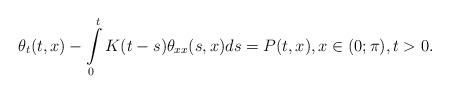
LaTeX: \begin{align*}\theta_{t}(t,x)-\int\limits^t_0K(t-s)\theta_{xx}(s,x)ds=P(t,x),x\in(0;\pi),t>0.\end{align*}